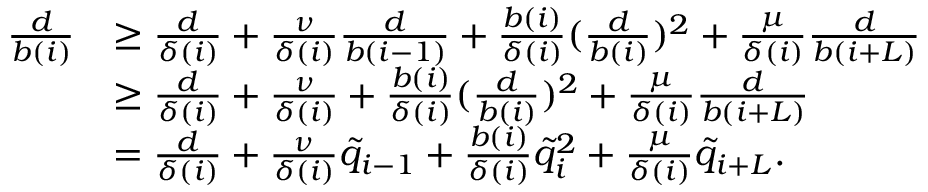
\begin{array} { r l } { \frac { d } { b ( i ) } } & { \geq \frac { d } { \delta ( i ) } + \frac { \nu } { \delta ( i ) } \frac { d } { b ( i - 1 ) } + \frac { b ( i ) } { \delta ( i ) } ( \frac { d } { b ( i ) } ) ^ { 2 } + \frac { \mu } { \delta ( i ) } \frac { d } { b ( i + L ) } } \\ & { \geq \frac { d } { \delta ( i ) } + \frac { \nu } { \delta ( i ) } + \frac { b ( i ) } { \delta ( i ) } ( \frac { d } { b ( i ) } ) ^ { 2 } + \frac { \mu } { \delta ( i ) } \frac { d } { b ( i + L ) } } \\ & { = \frac { d } { \delta ( i ) } + \frac { \nu } { \delta ( i ) } \tilde { q } _ { i - 1 } + \frac { b ( i ) } { \delta ( i ) } \tilde { q } _ { i } ^ { 2 } + \frac { \mu } { \delta ( i ) } \tilde { q } _ { i + L } . } \end{array}